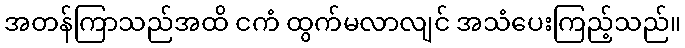
အတန်ကြာသည်အထိ ငကံ ထွက်မလာလျင် အသံပေးကြည့်သည်။